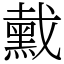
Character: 䵧